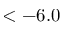
< - 6 . 0